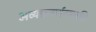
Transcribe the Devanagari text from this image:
अव्यक्तवर्णवाग्वृत्तिः